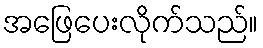
အဖြေပေးလိုက်သည်။